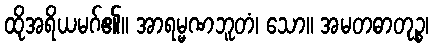
ထိုအရိယမဂ်၏။ အာရမ္မဏဘူတံ၊ သော။ အမတဓာတုဉ္စ၊